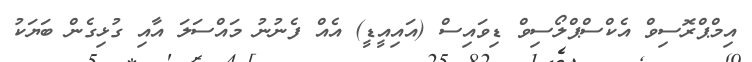
އިމްޕްރޮސިވް އެކްސްޕްލޯސިވް ޑިވައިސް (އައިއީޑީ) އެއް ފެނުނު މައްސަލަ އާއި ގުޅިގެން ބަޔަކު